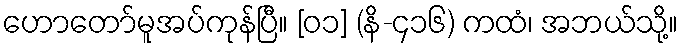
ဟောတော်မူအပ်ကုန်ပြီ။ [၀၁] (နိ-၄၁၆) ကထံ၊ အဘယ်သို့။